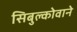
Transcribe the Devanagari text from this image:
सिबुल्कोवाने